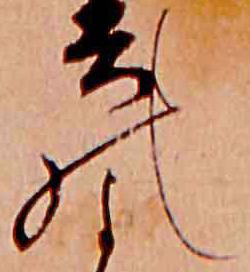
の